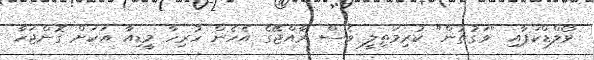
ވޯލްޑްކަޕާއި "ވަގުތުން" ކުރިމަތިލީ ވެސް ރާއްޖޭގެ އެހެން ހުރިހާ މީޑިއާ އަކަށް ގޮންޖަހާ